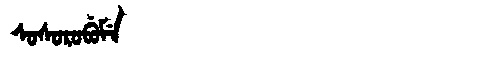
Manchu: ᠰᠣᠰᠣᡵᠣᠪᡠᠮᡝ
Romanization: SOSOROBUME